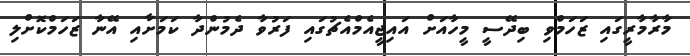
މާރާމާރީގައި ޒަހަމްވި ބިދޭސީ މީހާއަށް އައިޖީއެމްއެޗުގައި ފަރުވާ ދެމުންދާ ކަމަށާއި އޭނާ ޒަހަމްކޮށްލި